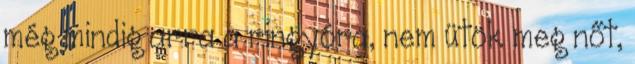
még mindig arra a ringyóra, nem ütök meg nőt,